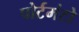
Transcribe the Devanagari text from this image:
पोर्टमंटो